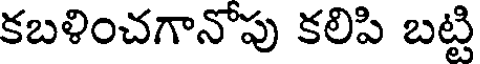
కబళించగానోపు కలిపి బట్టి